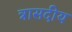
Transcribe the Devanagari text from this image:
त्रासदीय